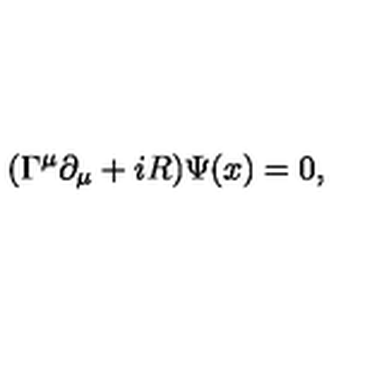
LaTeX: ( \Gamma ^ { \mu } \partial _ { \mu } + i R ) \Psi ( x ) = 0 ,